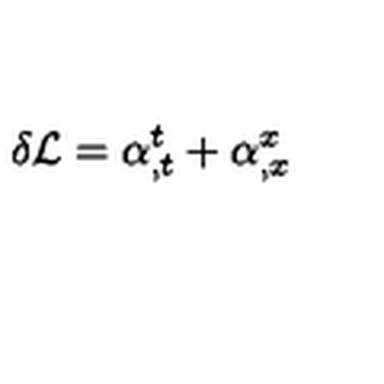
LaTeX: \delta { \cal L } = \alpha _ { , t } ^ { t } + \alpha _ { , x } ^ { x }